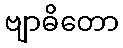
ဗျာဓိတော